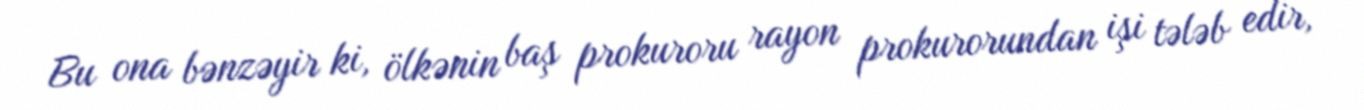
Bu ona bənzəyir ki, ölkənin baş prokuroru rayon prokurorundan işi tələb edir,